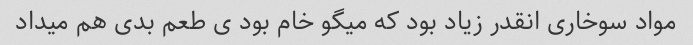
مواد سوخاری انقدر زیاد بود که میگو خام بود ی طعم بدی هم میداد